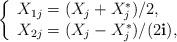
LaTeX: \begin{align*}\left\{\begin{array}{l}X_{1j}=(X_j+X_j^\ast)/2,\\X_{2j}=(X_j-X_j^\ast)/{(2\mathbf{i})},\end{array}\right.\end{align*}